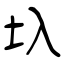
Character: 圦